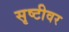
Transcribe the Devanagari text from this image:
सृष्टीवर